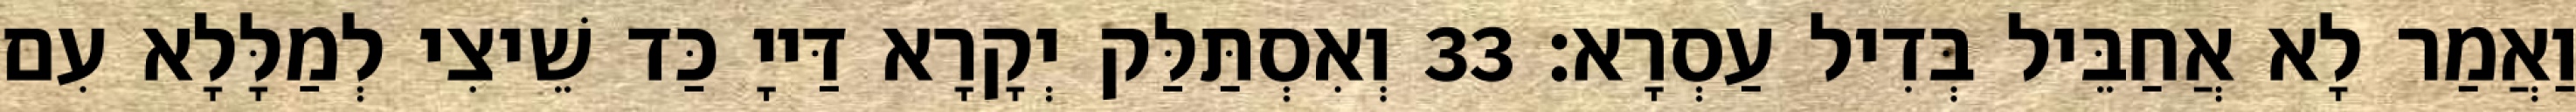
וַאֲמַר לָא אֲחַבֵּיל בְּדִיל עַסְרָא׃ 33 וְאִסְתַּלַּק יְקָרָא דַּייָ כַּד שֵׁיצִי לְמַלָּלָא עִם